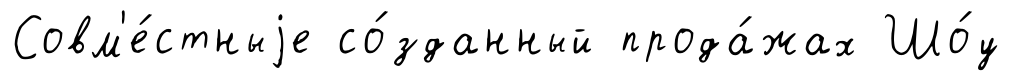
Совм'е́стныjе со́зданный прода́жах Шо́у